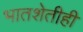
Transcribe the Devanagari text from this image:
भातशेतीही